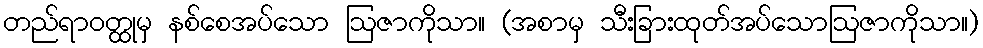
တည်ရာဝတ္ထုမှ နစ်စေအပ်သော ဩဇာကိုသာ။ (အစာမှ သီးခြားထုတ်အပ်သောဩဇာကိုသာ။)